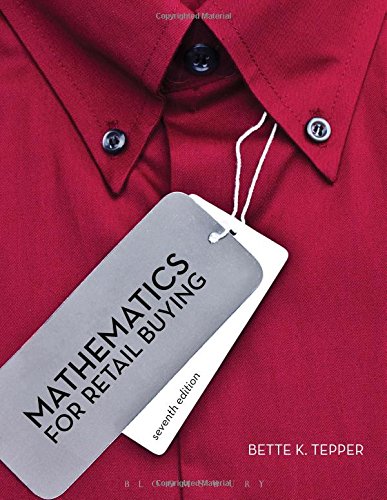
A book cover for Mathematics for Retail Buying; Bette K. Tepper; Business & Money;